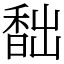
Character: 䭯